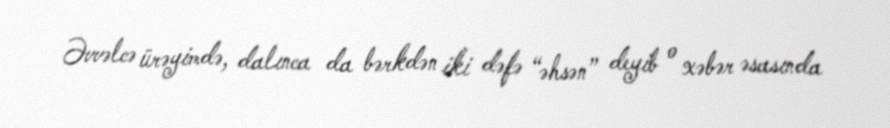
Əvvəlcə ürəyimdə, dalınca da bərkdən iki dəfə “əhsən” deyib o xəbər əsasında